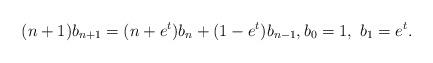
LaTeX: \begin{align*}(n+1)b_{n+1} = (n+e^t) b_n+(1-e^t) b_{n-1}, b_0=1, \ b_1=e^t.\end{align*}